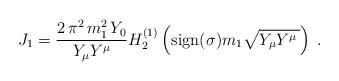
\begin{align*}J_1 = \frac{2 \, \pi^2 \, m_1^2\, Y_0 }{Y_\mu Y^\mu }H_2^{(1)} \left( {\rm sign}(\sigma) m_1 \sqrt{Y_\mu Y^\mu \,} \right) \;.\end{align*}